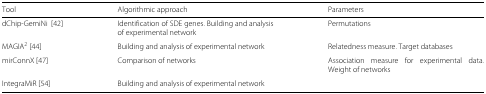
| Tool | Algorithmic approach | Parameters |
 | --- | --- | --- |
 | dChip-GemiNi [42] | Identification of SDE genes. Building and analysis of experimental network | Permutations |
 | MAGIA 2[44] | Building and analysis of experimental network | Relatedness measure. Target databases |
 | mirConnX [47] | Comparison of networks | Association measure for experimental data. Weight of networks |
 | IntegraMiR [54] | Building and analysis of experimental network |  |